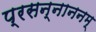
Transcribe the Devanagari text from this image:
प्रसन्नाननम्